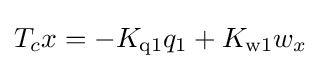
T_{c}x=-K_{\text{q1}}q_{1}+K_{\text{w1}}{w_{x}}